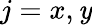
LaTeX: j=x,\mathit{y}